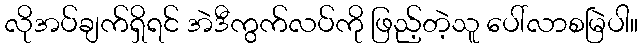
လိုအပ်ချက်ရှိရင် အဲဒီကွက်လပ်ကို ဖြည့်တဲ့သူ ပေါ်လာစမြဲပါ။